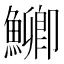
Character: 𮬐